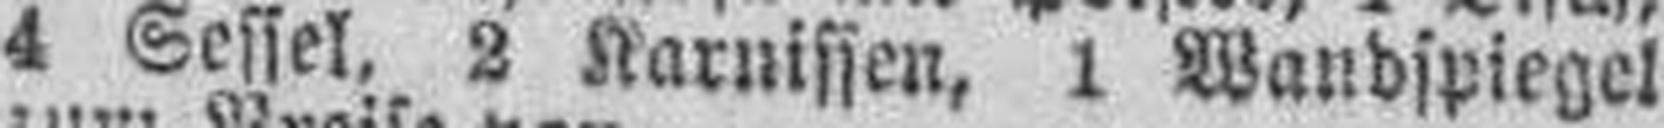
4 Sessel, 2 Karnissen, 1 Wandspiegel